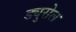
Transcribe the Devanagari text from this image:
ड्युसेल